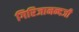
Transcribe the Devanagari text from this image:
गिरिजानन्दजी